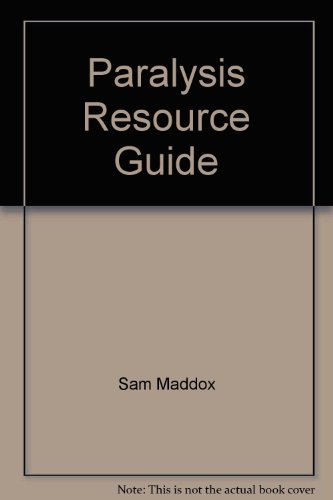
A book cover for Paralysis Resource Guide (Christopher & Dana Reeve Paralysis Resource Center); Sam Maddox; Health, Fitness & Dieting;